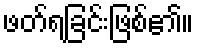
ဖတ်ရခြင်းဖြစ်၏။